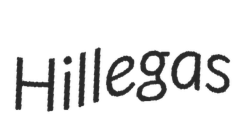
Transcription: Hillegas